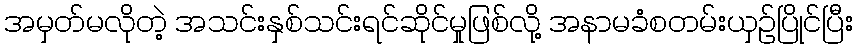
အမှတ်မလိုတဲ့ အသင်းနှစ်သင်းရင်ဆိုင်မှုဖြစ်လို့ အနာမခံစတမ်းယှဉ်ပြိုင်ပြီး